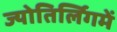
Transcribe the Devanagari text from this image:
ज्योतिर्लिगमें